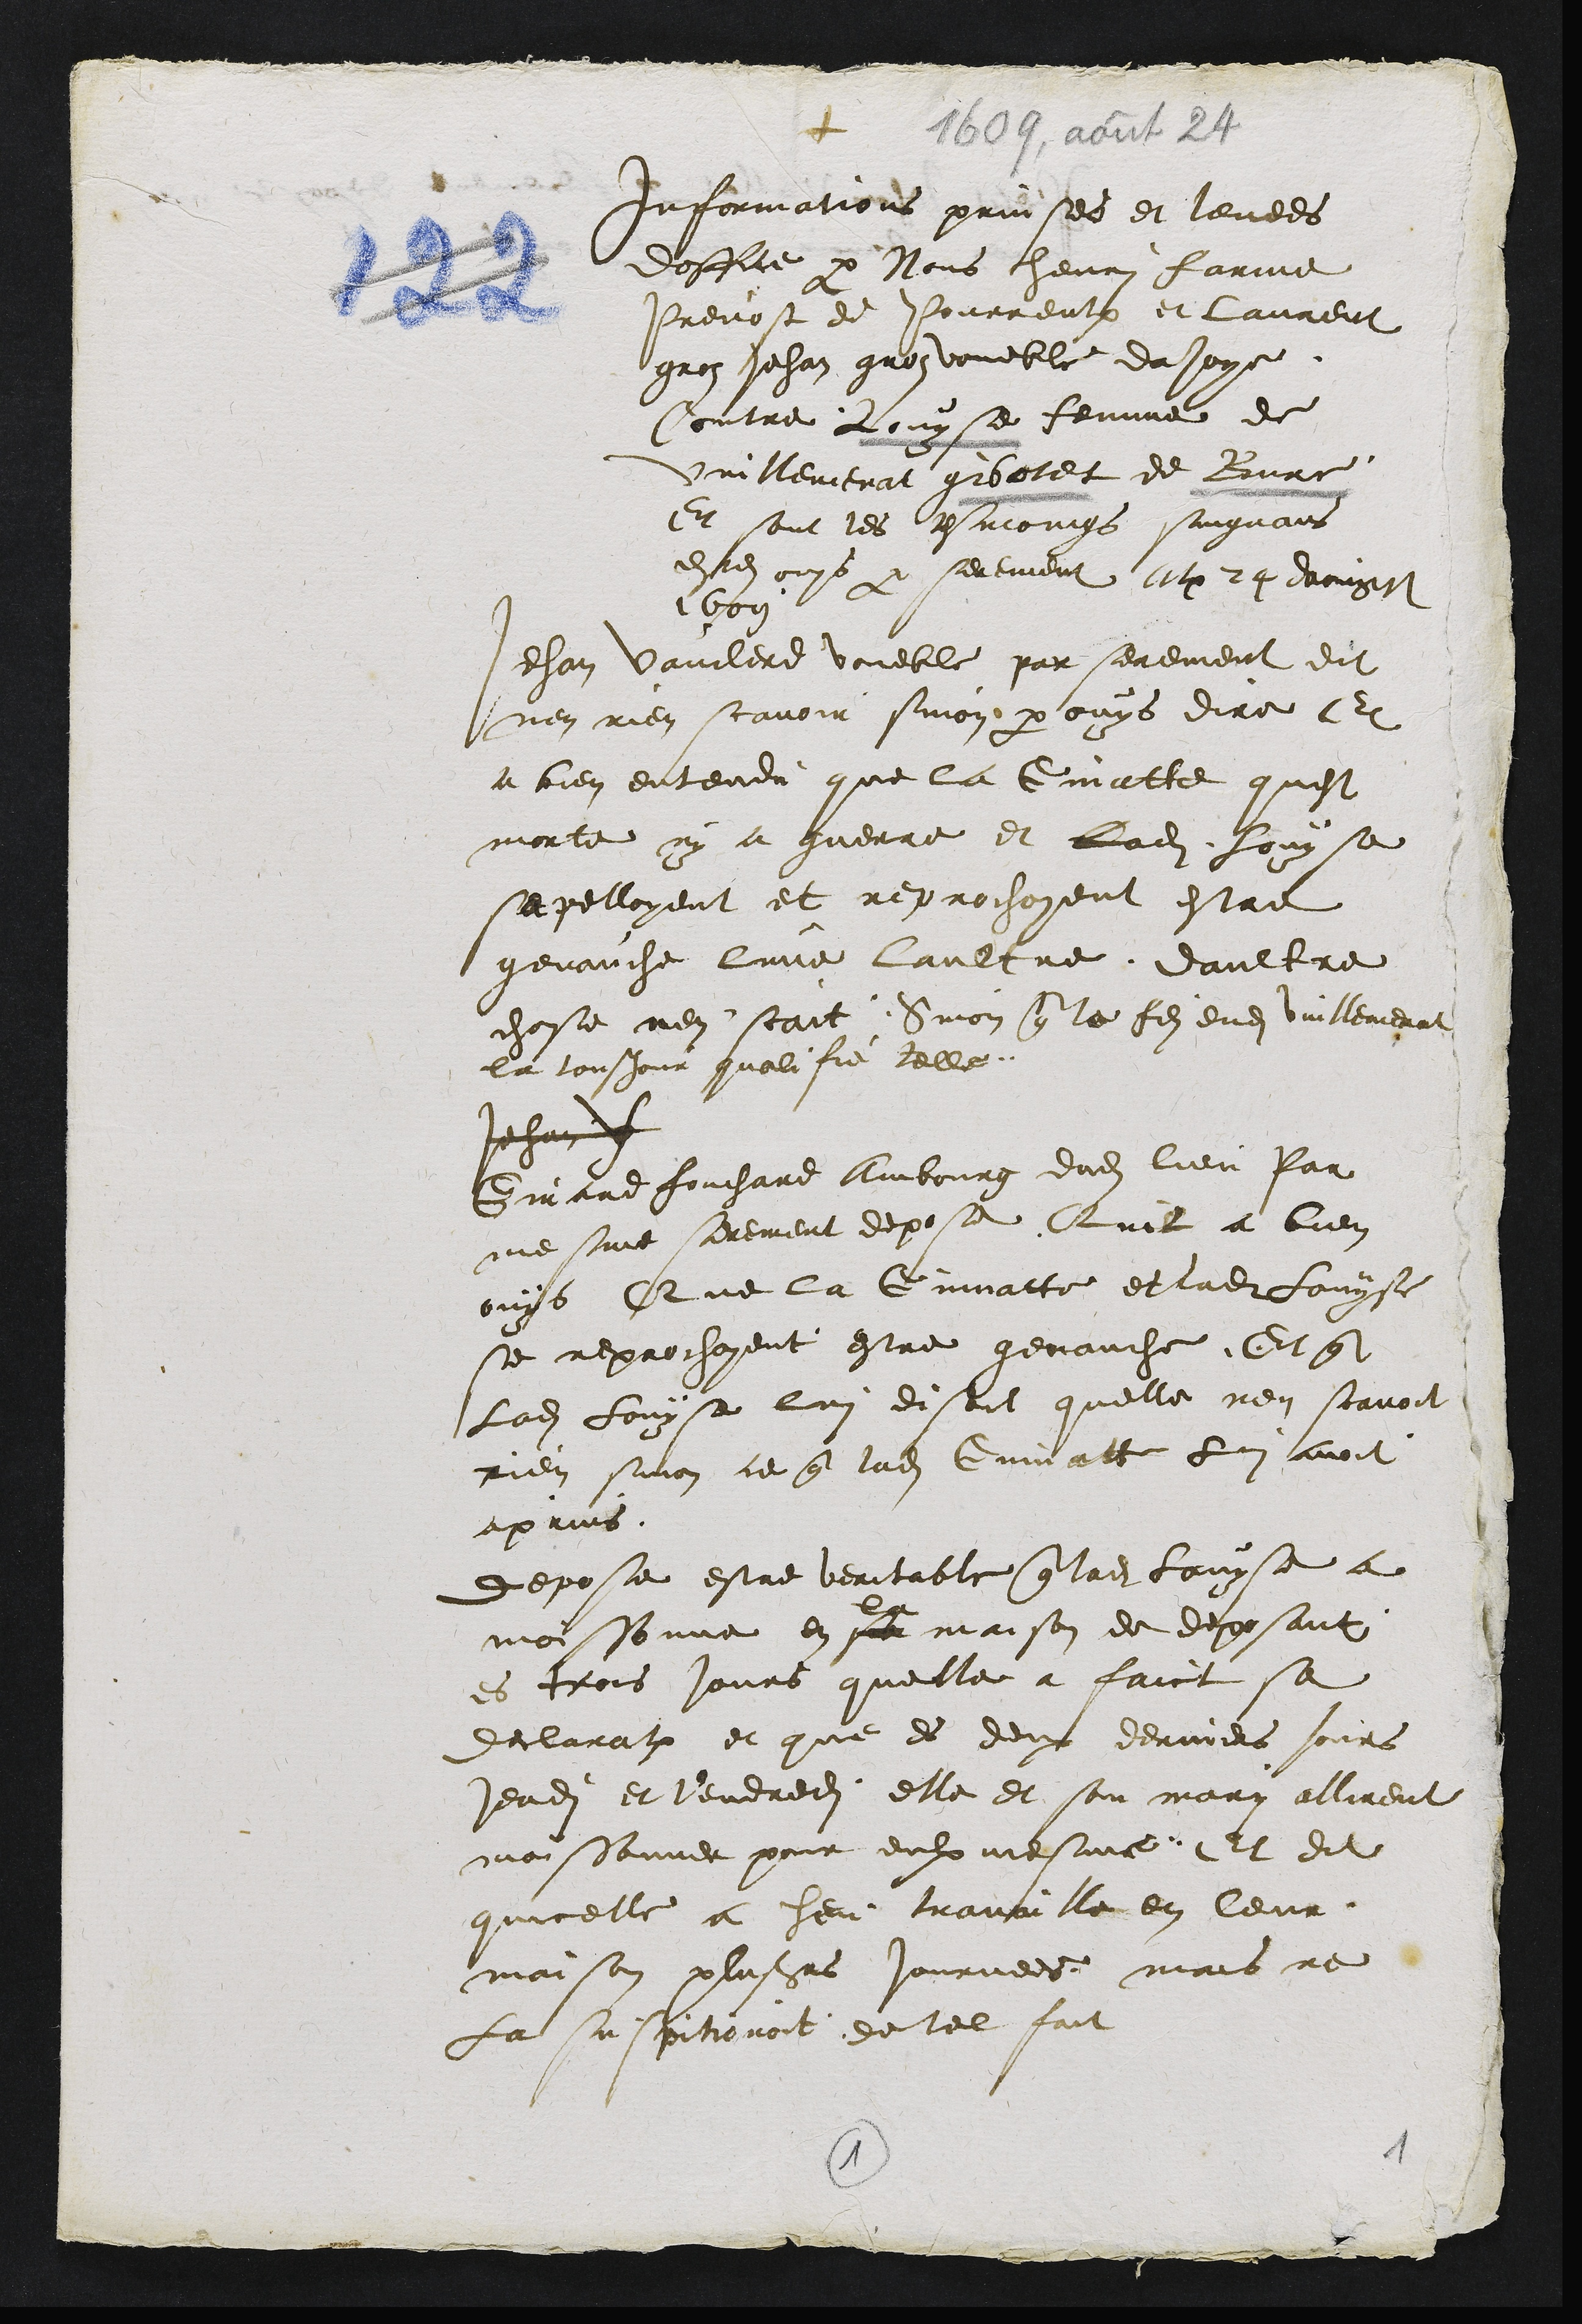
+
Informations prinses et levees
doffice par Nous chenri farine
Prevost de Pourreulx et laurent
gros Jehan gres voueble davoye
Contre ouyse femme de
Vuillemenat gibatet de Bure
Et sont les tesmoings suigvans
1609
estes ouys par serement 24 daougst
Jehan vaulere voueble par serement dit
nen ren scavoir sinon par ouys dire Et
a bien entendu que la quatte quest
morte ny a guerre et ladite fouy se
seelloyent et reprochoyent estre
genauche lune laultre daultre
chose nen scait Sinon que le fils dudit villemerat
la tousjour qualifie telle
Jehan
Girard fouchard Aboure dudit lieu Par
me sint serement depose Quil a lieu
ouys Que la Gumatte et ladifouyse
se reprochoyent estre genauche Et que
ladite Louyse lui disoit quelle nen scavoit
rien sinon ce que ladite Gumatte lui avoit
aprins
depose estre veritable que ladite Louyse a
moissonne en present maison de deposant
es trois jours quelle a faict sa
declaration et que es deux derniers jours
jeudit et lendredit elle et son mari allirent
moissonner pour eulx mesme, Et dit
quicelle a heu travaille en leur
maison plusieurs journees mais ne
La suspitionoit de tel fait